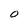
Character: O